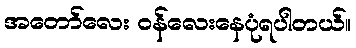
အတော်လေး ဝန်လေးနေပုံရပါတယ်။